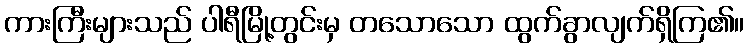
ကားကြီးများသည် ပါရီမြို့တွင်းမှ တသောသော ထွက်ခွာလျက်ရှိကြ၏။